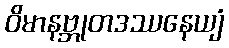
ဝိမာနဗ္ဘုတဒဿနေယျံ